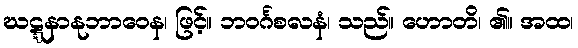
ဃဋ္ဋနာနုဘာဝေန၊ ဖြင့်။ ဘဝင်္ဂစလနံ၊ သည်။ ဟောတိ၊ ၏။ အထ၊